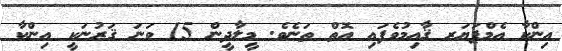
އިންކާ އެމްޕަޔަރ ޤާއިމުވެފައި އޮތް ތަނެވެ. މީލާދީން 15 ވަނަ ޤަރުނަކީ އިންކާ